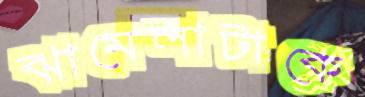
ঝামেলাটাকে